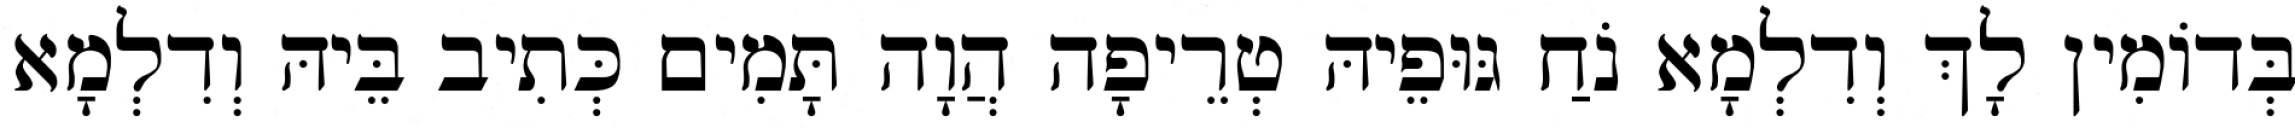
בְּדוֹמִין לָךְ וְדִלְמָא נֹחַ גּוּפֵיהּ טְרֵיפָה הֲוָה תָּמִים כְּתִיב בֵּיהּ וְדִלְמָא